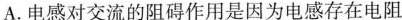
A.电感对交流的阻碍作用是因为电感存在电阻